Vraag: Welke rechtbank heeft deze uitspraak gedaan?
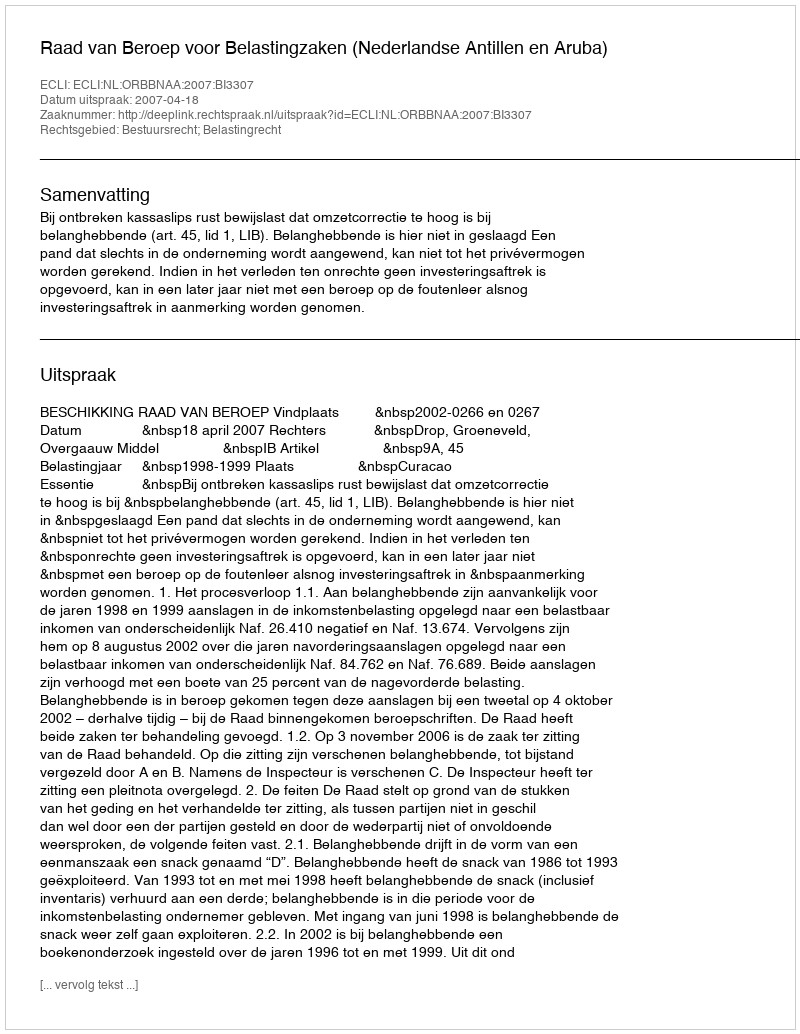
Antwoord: Raad van Beroep voor Belastingzaken (Nederlandse Antillen en Aruba)